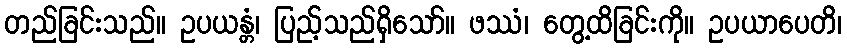
တည်ခြင်းသည်။ ဥပယန္တံ၊ ပြည့်သည်ရှိသော်။ ဖဿံ၊ တွေ့ထိခြင်းကို။ ဥပယာပေတိ၊